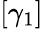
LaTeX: [\gamma_{1}]